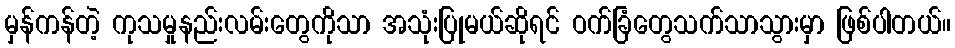
မှန်ကန်တဲ့ ကုသမှုနည်းလမ်းတွေကိုသာ အသုံးပြုမယ်ဆိုရင် ဝက်ခြံတွေသက်သာသွားမှာ ဖြစ်ပါတယ်။